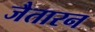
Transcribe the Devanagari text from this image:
जैतारन